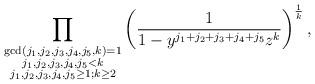
LaTeX: \begin{align*} \prod_{\substack{\gcd(j_1,j_2,j_3,j_4,j_5,k)=1 \\ j_1,j_2,j_3,j_4,j_5<k \\ j_1,j_2,j_3,j_4,j_5\geq 1; k \geq 2}} \left(\frac{1}{1-y^{j_1+j_2+j_3+j_4+j_5}z^k} \right)^{\frac{1}{k}},\end{align*}